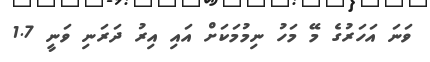
ވަނަ އަހަރުގެ މޭ މަހު ނިމުމަކަށް އައި އިރު ދަރަނި ވަނީ 1.7